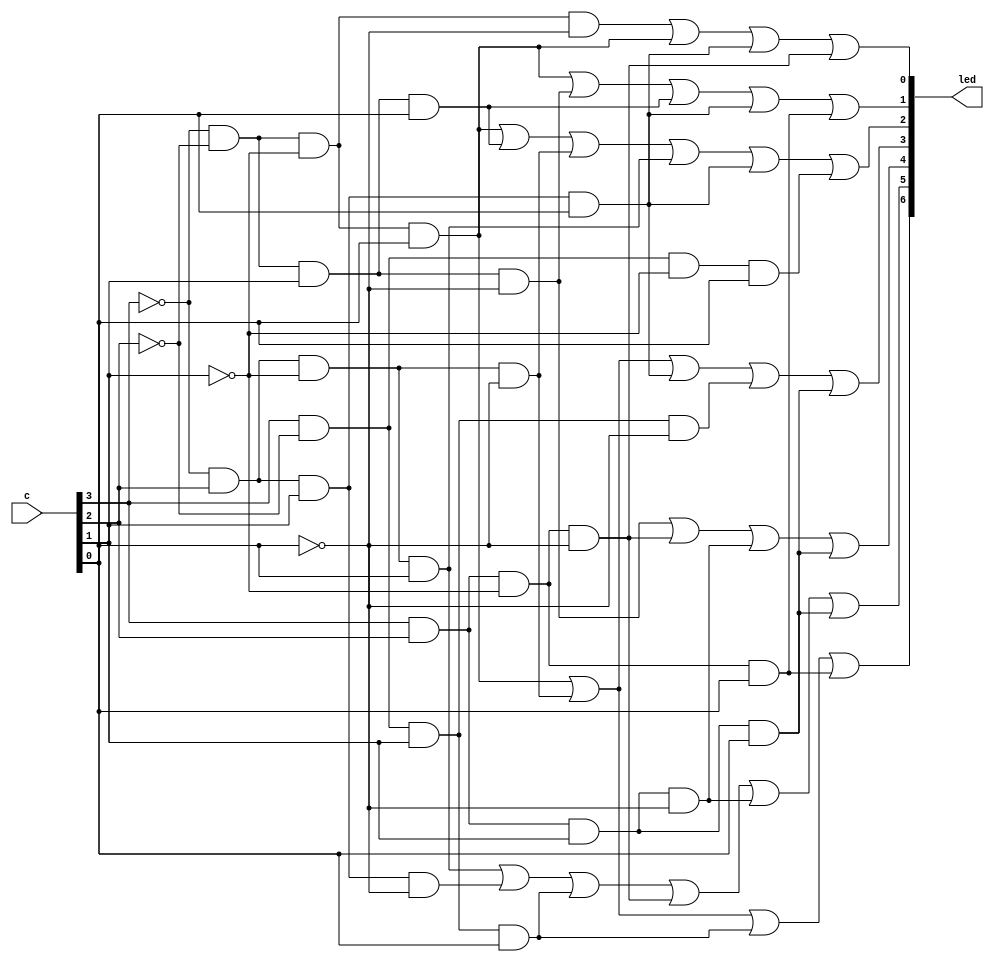
`timescale 1ns / 1ns // `timescale time_unit/time_precision

module hex7seg (input[3:0] c, output[0:6] led);

	assign led[0] = (~c[3]&~c[2]&~c[1]&c[0])|(~c[3]&c[2]&~c[1]&~c[0])|
						 (c[3]&~c[2]&c[1]&c[0])|(c[3]&c[2]&~c[1]&c[0]);
						  
	assign led[1] = (~c[3]&c[2]&~c[1]&c[0])|(~c[3]&c[2]&c[1]&~c[0])|
						 (c[3]&~c[2]&c[1]&c[0])|(c[3]&c[2]&~c[1]&~c[0])|
					    (c[3]&c[2]&c[1]&~c[0])|(c[3]&c[2]&c[1]&c[0]);
						  
	assign led[2] = (~c[3]&~c[2]&c[1]&~c[0])|(c[3]&c[2]&~c[1]&~c[0])|
						 (c[3]&c[2]&c[1]&~c[0])|(c[3]&c[2]&c[1]&c[0]);
	
	assign led[3] = (~c[3]&~c[2]&~c[1]&c[0])|(~c[3]&c[2]&~c[1]&~c[0])|
						 (~c[3]&c[2]&c[1]&c[0])|(c[3]&~c[2]&c[1]&~c[0])|
						 (c[3]&c[2]&c[1]&c[0]);
						  
	
	assign led[4] = (~c[3]&~c[2]&~c[1]&c[0])|(~c[3]&~c[2]&c[1]&c[0])|
						 (~c[3]&c[2]&~c[1]&~c[0])|(~c[3]&c[2]&~c[1]&c[0])|
						 (~c[3]&c[2]&c[1]&c[0])|(c[3]&~c[2]&~c[1]&c[0]);
						  
	
	assign led[5] = (~c[3]&~c[2]&~c[1]&c[0])|(~c[3]&~c[2]&c[1]&~c[0])|
						 (~c[3]&~c[2]&c[1]&c[0])|(~c[3]&c[2]&c[1]&c[0])|
						 (c[3]&c[2]&~c[1]&c[0]);
						  
	
	assign led[6] = (~c[3]&~c[2]&~c[1]&~c[0])|(~c[3]&~c[2]&~c[1]&c[0])|
						 (~c[3]&c[2]&c[1]&c[0])|(c[3]&c[2]&~c[1]&~c[0]);

endmodule